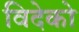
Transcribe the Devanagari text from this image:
विदेको